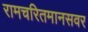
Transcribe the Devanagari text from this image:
रामचरितमानसवर